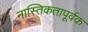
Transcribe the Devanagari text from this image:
नास्तिकतापूर्वक